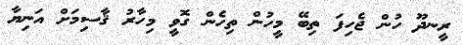
ރީނދޫ ހުން ޖެހިފަ ތިބޭ މީހުން ތިހެން ގޮވީ މިހާރު ޤާސިމަށް އަނިޔާ